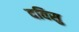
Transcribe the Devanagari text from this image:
दविसु